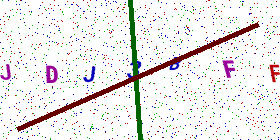
Text: JDJ3BFF